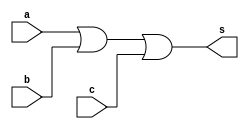
// -------------------------
// Exemplo0021  COMPARADOR DIFERENCA
// Nome: Herbert ALves
// -------------------------
// -----------
// --------------
// -------------------------
module compara (output s,
input a,
input b,
input c);
or(s, a, b, c);
endmodule // compara
module test_subtrator;
// ------------------------- definir dados
reg [1:0] x;
reg [1:0] y;
wire [1:0] sub;
wire [10:0] temp;
wire co, s;
xor(sub[0], x[0], y[0]);
and(temp[0], ~x[0], y[0]);
xor(temp[1], x[1], y[1]);
and(temp[2], ~x[1], y[1]);
xor(sub[1], temp[0],temp[1]);
and(temp[3], temp[0], ~temp[1]);
or(co, temp[3], temp[2]);
compara c1(s, co, sub[0], sub[1]);

// ------------------------- parte principal
initial begin
$display("Exemplo0021 - Herbert Alves - 461971");
$display("Test Comparador Diferenca");
$display("\n x != y = 1-sim, 0-nao\n");
 x=2'b11; y=2'b11;
#1 $display("%b != %b = %b ", x, y, s);
#1 x=2'b01; y=2'b11;
$monitor("%b != %b = %b ", x, y, s);
#1 x=2; y=3;
#1 x=2; y=2;
end
endmodule // test_comparador